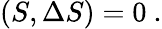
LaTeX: (S,\Delta S)=0\ .